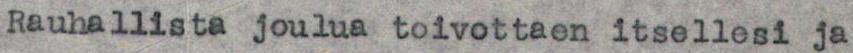
Rauhallista joulua toivottaen itsellesi ja